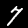
Label: 7